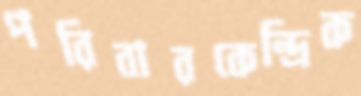
পরিবারকেন্দ্রিক